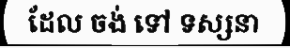
ដែល ចង់ ទៅ ទស្សនា